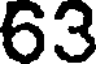
63